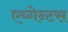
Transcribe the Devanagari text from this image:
एय्गेन्टस